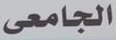
الجامعى